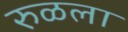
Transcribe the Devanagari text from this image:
रुळला